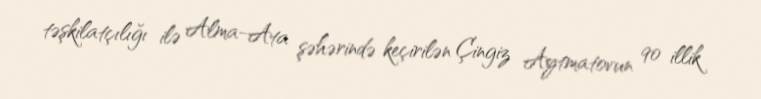
təşkilatçılığı ilə Alma-Ata şəhərində keçirilən Çingiz Aytmatovun 90 illik